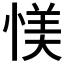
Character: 𱞸